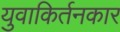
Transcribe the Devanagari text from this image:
युवाकिर्तनकार